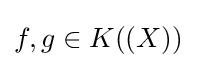
f,g\in K((X))